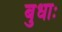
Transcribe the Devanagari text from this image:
बुधाः